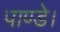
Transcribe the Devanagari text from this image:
पाण्डे।